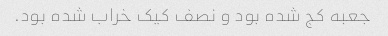
جعبه کج شده بود و نصف کیک خراب شده بود.